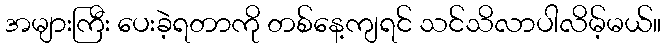
အများကြီး ပေးခဲ့ရတာကို တစ်နေ့ကျရင် သင်သိလာပါလိမ့်မယ်။